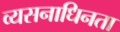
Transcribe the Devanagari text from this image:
व्यसनाधिनता